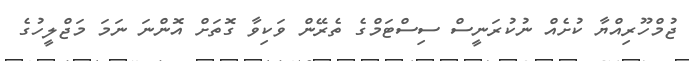
ޖުމްހޫރިއްޔާ ކުށެއް ނުކުރަނީސް ސިސްޓަމްގެ ތެރޭން ވަކިވާ ގޮތަށް އޮންނަ ނަމަ މަޖްލީހުގެ